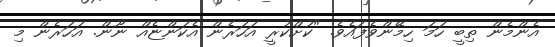
އެންމެން ތިބީ ހަމަ ހިމޭންވެފައެވެ. "ކުށްކުރީ އަހަރެން އެކަންޏެއް ނޫން. އަހަރެން މި